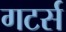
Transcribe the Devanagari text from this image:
गटर्स